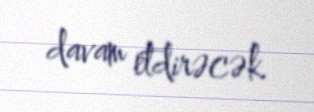
davam etdirəcək.